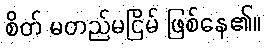
စိတ် မတည်မငြိမ် ဖြစ်နေ၏။